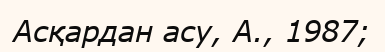
Асқардан асу, А., 1987;